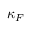
\= \kappa _ { \/ F }